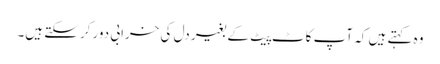
وہ کہتے ہیں کہ آپ کاٹ پِیٹ کے بغیر دل کی خرابی دور کرسکتے ہیں۔